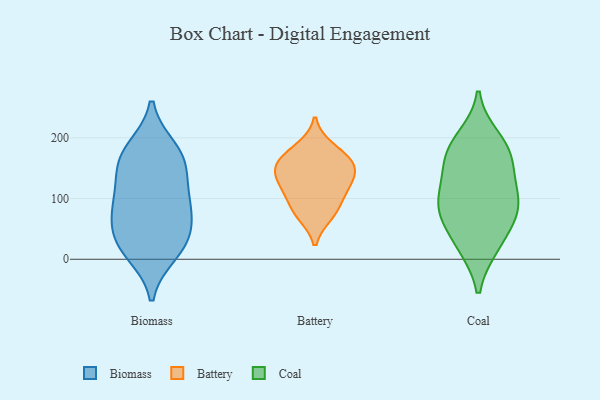
{"axis": {"x": "Production Output", "y": "Value"}, "legend": ["Battery", "Biomass", "Coal"], "data": [{"x": "", "y": 153, "type": "Biomass"}, {"x": "", "y": 181, "type": "Biomass"}, {"x": "", "y": 83, "type": "Biomass"}, {"x": "", "y": 112, "type": "Biomass"}, {"x": "", "y": 76, "type": "Biomass"}, {"x": "", "y": 173, "type": "Biomass"}, {"x": "", "y": 27, "type": "Biomass"}, {"x": "", "y": 24, "type": "Biomass"}, {"x": "", "y": 158, "type": "Biomass"}, {"x": "", "y": 43, "type": "Biomass"}, {"x": "", "y": 11, "type": "Biomass"}, {"x": "", "y": 93, "type": "Biomass"}, {"x": "", "y": 184, "type": "Battery"}, {"x": "", "y": 104, "type": "Battery"}, {"x": "", "y": 124, "type": "Battery"}, {"x": "", "y": 79, "type": "Battery"}, {"x": "", "y": 123, "type": "Battery"}, {"x": "", "y": 159, "type": "Battery"}, {"x": "", "y": 73, "type": "Battery"}, {"x": "", "y": 150, "type": "Battery"}, {"x": "", "y": 145, "type": "Battery"}, {"x": "", "y": 167, "type": "Battery"}, {"x": "", "y": 161, "type": "Coal"}, {"x": "", "y": 71, "type": "Coal"}, {"x": "", "y": 175, "type": "Coal"}, {"x": "", "y": 84, "type": "Coal"}, {"x": "", "y": 180, "type": "Coal"}, {"x": "", "y": 91, "type": "Coal"}, {"x": "", "y": 76, "type": "Coal"}, {"x": "", "y": 132, "type": "Coal"}, {"x": "", "y": 22, "type": "Coal"}, {"x": "", "y": 199, "type": "Coal"}, {"x": "", "y": 22, "type": "Coal"}, {"x": "", "y": 112, "type": "Coal"}]}